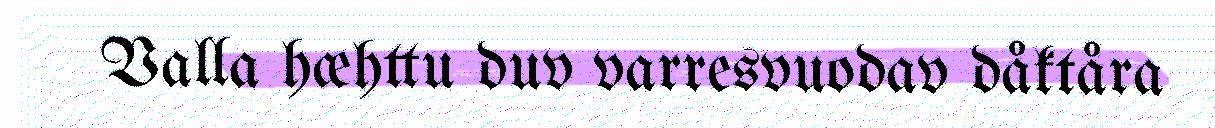
Valla hæhttu duv varresvuodav dåktåra